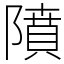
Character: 隫